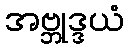
အဗ္ဘုဒ္ဒယံ